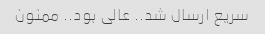
سریع ارسال شد.. عالی بود.. ممنون